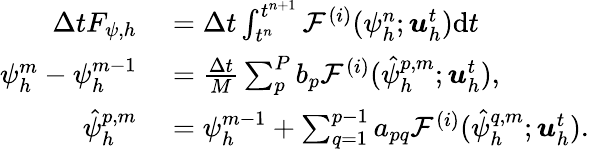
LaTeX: \begin{array}{rl}{\Delta tF_{\psi,h}}&{{}=\Delta t\int_{t^{n}}^{t^{n+1}}\mathcal{F}^{(i)}(\psi_{h}^{n};\boldsymbol{u}_{h}^{t})\mathrm{d}t}\\ {\psi_{h}^{m}-\psi_{h}^{m-1}}&{{}=\frac{\Delta t}{M}\sum_{p}^{P}b_{p}\mathcal{F}^{(i)}(\hat{\psi}_{h}^{p,m};\boldsymbol{u}_{h}^{t}),}\\ {\hat{\psi}_{h}^{p,m}}&{{}=\psi_{h}^{m-1}+\sum_{q=1}^{p-1}a_{pq}\mathcal{F}^{(i)}(\hat{\psi}_{h}^{q,m};\boldsymbol{u}_{h}^{t}).}\end{array}